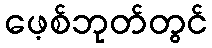
ဖေ့စ်ဘုတ်တွင်